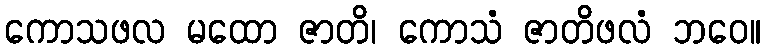
ကောသဖလ မထော ဇာတိ၊ ကောသံ ဇာတိဖလံ ဘဝေ။